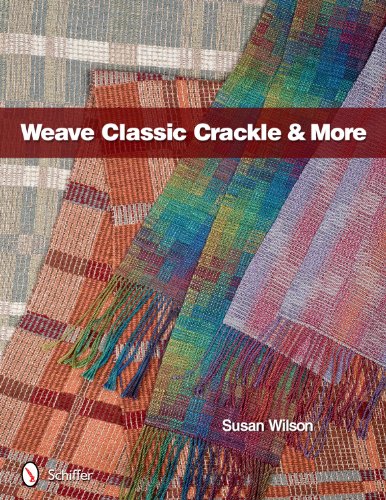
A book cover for Weave Classic Crackle & More; Susan Wilson; Crafts, Hobbies & Home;